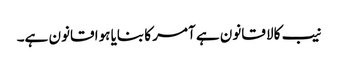
نیب کالا قانون ہے آمر کا بنایا ہوا قانون ہے۔